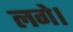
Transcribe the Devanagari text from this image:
लगेे।